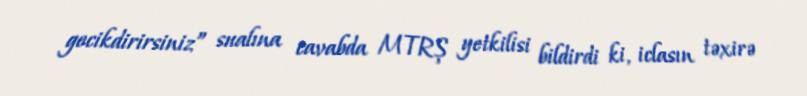
gecikdirirsiniz” sualına cavabda MTRŞ yetkilisi bildirdi ki, iclasın təxirə